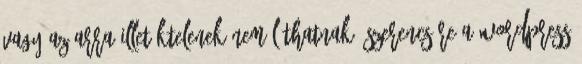
vagy az arra illetéktelenek nem láthatnak. Szerencsére a WordPress